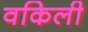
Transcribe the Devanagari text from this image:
वकिली